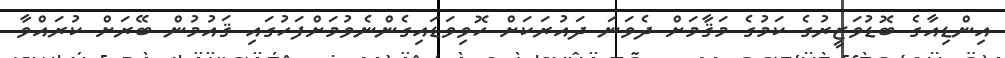
އިންޑިއާގެ ބޮޑުވަޒީރުގެ ކަމުގެ މަޤާމަށް ދެވަނަ ދައުރަކަށް ހޮވިވަޑައިގެންނެވުމަށްފަހުގައި ޤައުމުން ބޭރަށް ކުރައްވާ